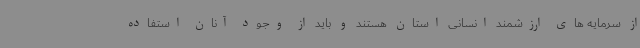
از سرمایه های ارزشمند انسانی استان هستند و باید از وجود آنان استفاده